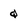
Character: q